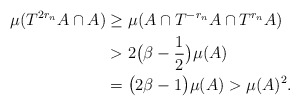
\begin{align*}\mu (T^{2r_n}A\cap A) &\geq \mu (A\cap T^{-r_n}A \cap T^{r_n}A) \\ &> 2\big( \beta - \frac{1}{2}\big) \mu(A) \\ &= \big( 2\beta - 1\big) \mu (A) > \mu (A)^2 . \end{align*}